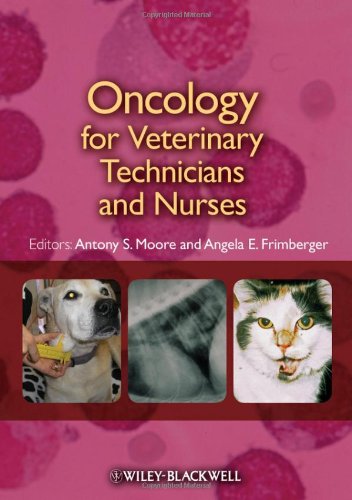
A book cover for Oncology for Veterinary Technicians and Nurses; Medical Books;